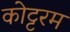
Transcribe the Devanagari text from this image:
कोट्टरम